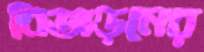
বিতাড়নের